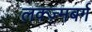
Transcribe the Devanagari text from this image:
लक्ज़्मबर्ग